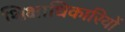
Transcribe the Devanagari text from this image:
शिक्षाधिकारियों